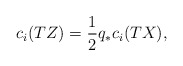
\begin{align*}c_{i}(TZ) = \frac{1}{2}q_{*}c_{i}(TX) ,\end{align*}